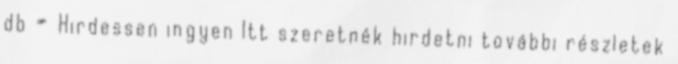
db » Hirdessen ingyen Itt szeretnék hirdetni további részletek